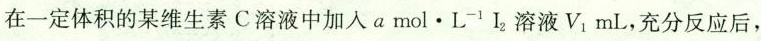
在一定体积的某维生素C溶液中加入a mol\cdot L^{-1}I_{2}溶液V_{1}mL，充分反应后，